Reports on military cantonments and civil stations in the Presidency of Bombay inspected by the Sanitary Commissioner in the years 1875 and 1876
Year: 1875
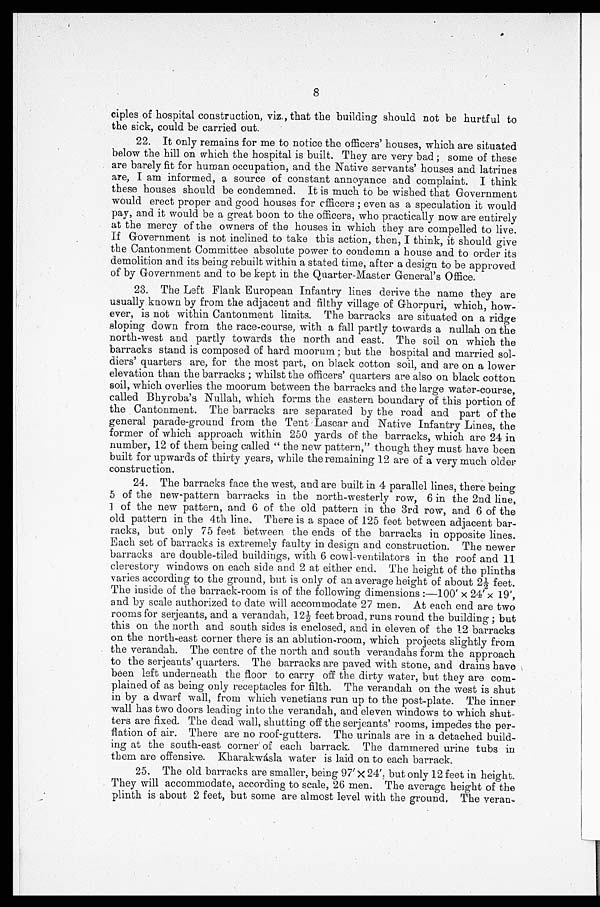
8
ciples of hospital construction, viz., that the building should not be hurtful to
the sick, could be carried out.
22. It only remains for me to notice the officers' houses, which are situated
below the hill on which the hospital is built. They are very bad ; some of these
are barely fit for human occupation, and the Native servants' houses and latrines
are, I am informed, a source of constant annoyance and complaint. I think
these houses should be condemned. It is much to be wished that Government
would erect proper and good houses for cfficers ; even as a speculation it would
pay, and it would be a great boon to the officers, who practically now are entirely
at the mercy of the owners of the houses in which they are compelled to live.
If Government is not inclined to take this action, then, I think, it should give
the Cantonment Committee absolute power to condemn a house and to order its
demolition and its being rebuilt within a stated time, after a design to be approved
of by Government and to be kept in the Quarter-Master General's Office.
23. The Left Flank European Infantry lines derive the name they are
usually known by from the adjacent and filthy village of Ghorpuri, which, how-
ever, is not within Cantonment limits. The barracks are situated on a ridge
sloping down from the race-course, with a fall partly towards a nullah on the
north-west and partly towards the north and east. The soil on which the
barracks stand is composed of hard moorum ; but the hospital and married sol-
diers' quarters are, for the most part, on black cotton soil, and are on a lower
elevation than the barracks ; whilst the officers' quarters are also on black cotton
soil, which overlies the moorum between the barracks and the large water-course,
called Bhyroba's Nullah, which forms the eastern boundary of this portion of
the Cantonment. The barracks are separated by the road and part of the
general parade-ground from the Tent Lascar and Native Infantry Lines, the
former of which approach within 250 yards of the barracks, which are 24 in
number, 12 of them being called " the new pattern," though they must have been
built for upwards of thirty years, while the remaining 12 are of a very much older
construction.
24. The barracks face the west, and are built in 4 parallel lines, there being
5 of the new-pattern barracks in the north-westerly row, 6 in the 2nd line,
1 of the new pattern, and 6 of the old pattern in the 3rd row, and 6 of the
old pattern in the 4th line, There is a space of 125 feet between adjacent bar-
racks, but only 75 feet between the ends of the barracks in opposite lines.
Each set of barracks is extremely faulty in design and construction. The newer
barracks are double-tiled buildings, with 6 cowl-ventilators in the roof and 11
clerestory windows on each side and 2 at either end. The height of the plinths
varies according to the ground, but is only of an average height of about 2 1 / 2
f e e t .
The inside of the barrack-room is of the following dimensions :-100' x 24' x 19',
and by scale authorized to date will accommodate 27 men. At each end are two
rooms for serjeants, and a verandah, 12 1/2 feet broad, runs round the building ; but
this on the north and south sides is enclosed, and in eleven of the 12 barracks
on the north-east corner there is an ablution-room, which projects slightly from
the verandah. The centre of the north and south verandahs form the approach
to the serjeants' quarters. The barracks are paved with stone, and drains have
been left underneath the floor to carry off the dirty water, but they are com-
plained of as being only receptacles for filth. The verandah on the west is shut
in by a dwarf wall, from which venetians run up to the post-plate. The inner
wall has two doors leading into the verandah, and eleven windows to which shut-
ters are fixed. The dead wall, shutting off the serjeants' rooms, impedes the per-
flation of air. There are no roof-gutters. The urinals are in a detached build-
ing at the south-east corner of each barrack. The dammered urine tubs in
them are offensive. Kharak-waisla water is laid on to each barrack.
25. The old barracks are smaller, being 97' x 24', but only 12 feet in height.
They will accommodate, according to scale, 26 men. The average height of the
plinth is about 2 feet, but some are almost level with the ground. The veran,